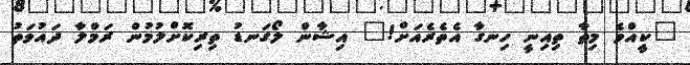
"ކީއްވެ މިތާ ތިއިނީ ހިނގާ އެތެރެއަށް!" އިޝާން ލޯގަނޑު ތިރިކޮށްލުމުން ރަމްލާ ދައުވަތު